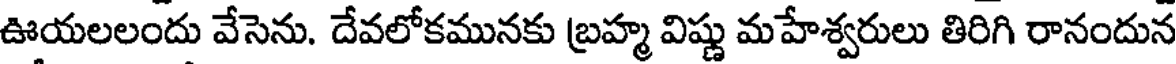
ఊయలలందు వేసెను. దేవలోకమునకు బ్రహ్మ విష్ణు మహేశ్వరులు తిరిగి రానందున